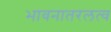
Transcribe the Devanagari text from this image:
भावनातरलत्व